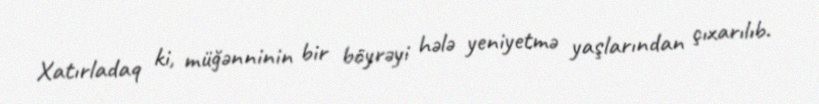
Xatırladaq ki, müğənninin bir böyrəyi hələ yeniyetmə yaşlarından çıxarılıb.